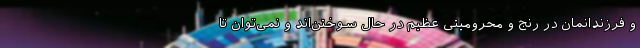
و فرزندانمان در رنج و محرومیتی عظیم در حال سوختن‌اند و نمی‌توان تا